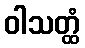
ဝါသတ္ထံ